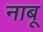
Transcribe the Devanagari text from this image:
नाबू